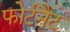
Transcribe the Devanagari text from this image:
फोर्टनैट